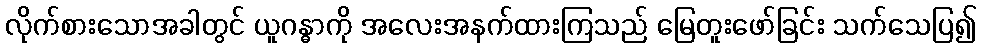
လိုက်စားသောအခါတွင် ယူဂန္ဓာကို အလေးအနက်ထားကြသည် မြေတူးဖော်ခြင်း သက်သေပြ၍